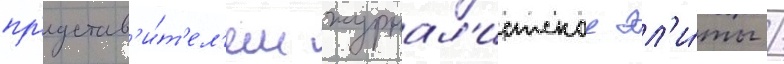
пр'едстав'и́т'ел'ем журнал'истскои эл'и́ты /